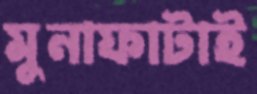
মুনাফাটাই